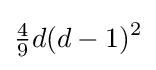
{\tfrac {4}{9}}d(d-1)^{2}